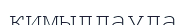
қимылдауда